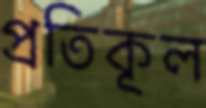
প্রতিকূল